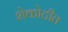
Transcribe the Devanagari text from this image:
शेकोटीत